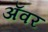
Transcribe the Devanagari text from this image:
अॅवर